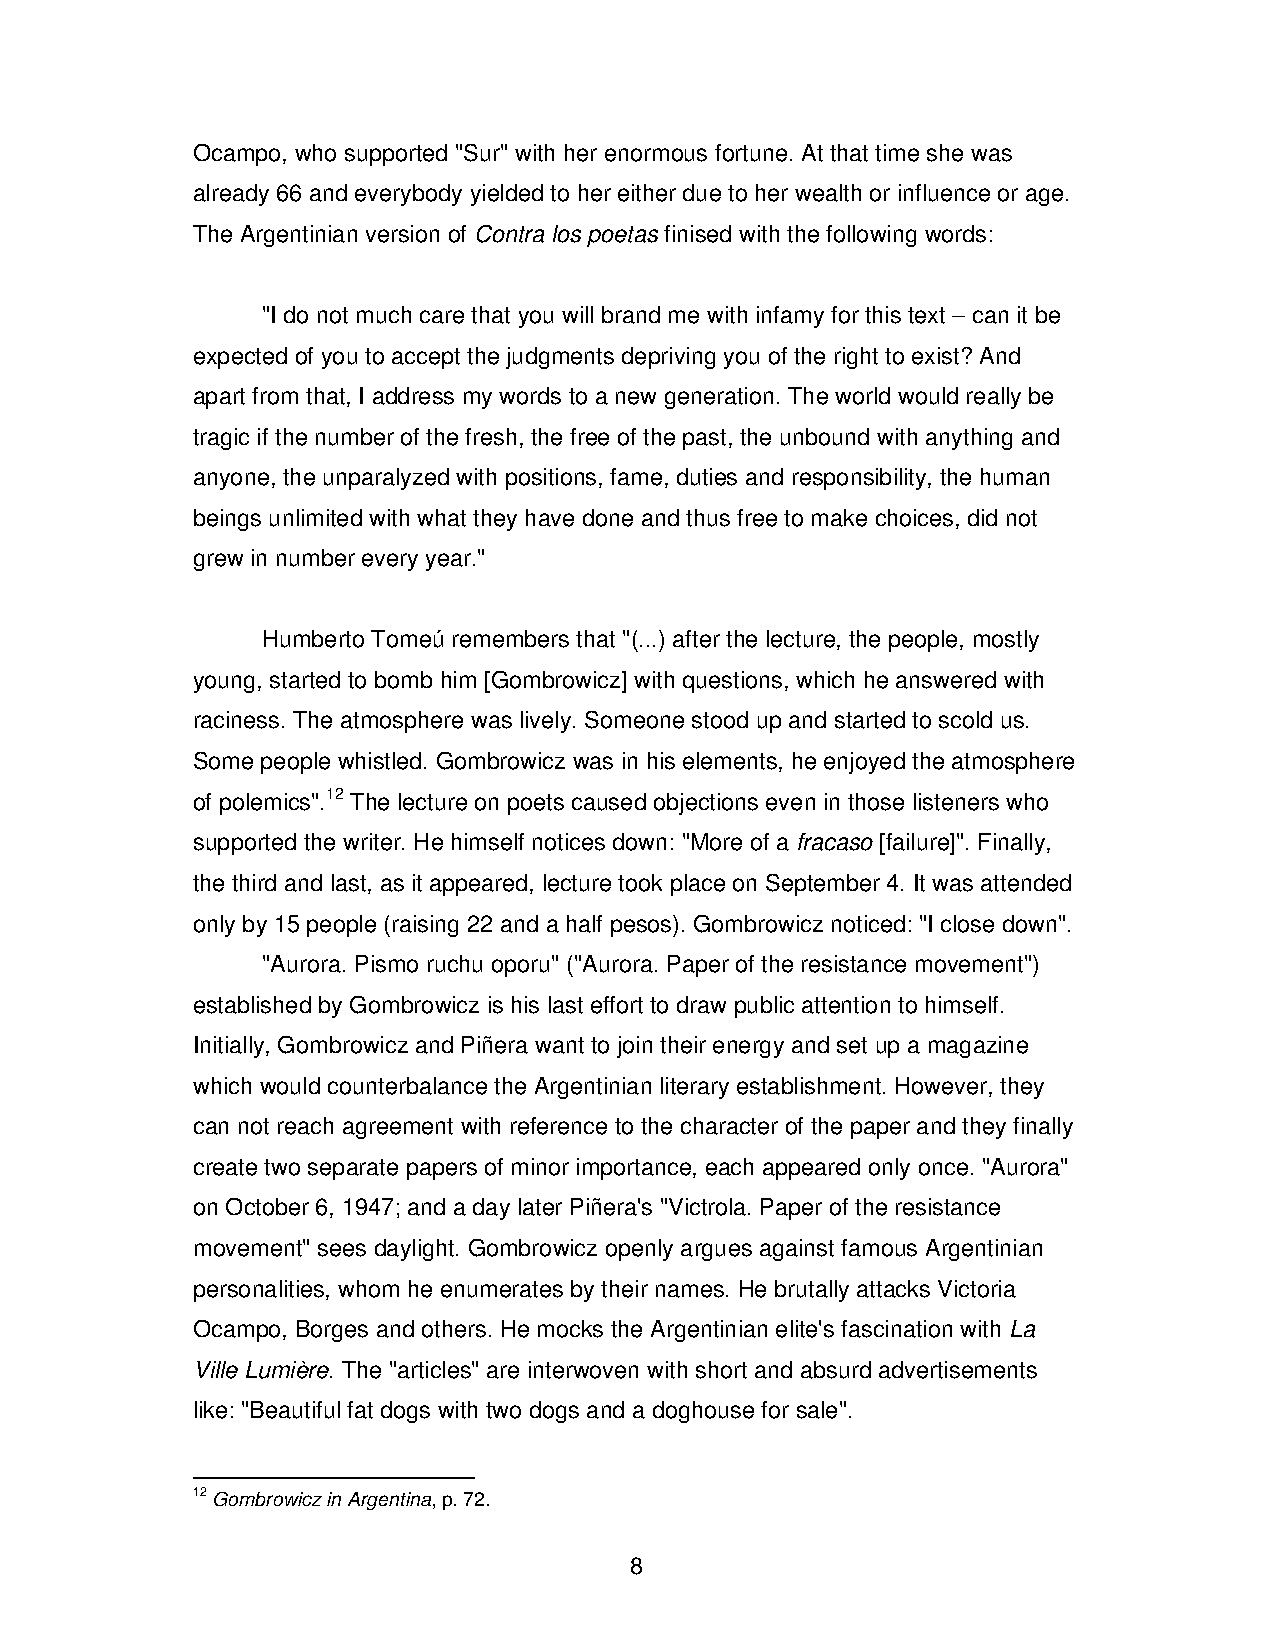
Ocampo, who supported "Sur" with her enormous fortune. At that time she was
 already 66 and everybody yielded to her either due to her wealth or influence or age.
 The Argentinian version of Contra los poetas finised with the following words:
 "I do not much care that you will brand me with infamy for this text – can it be
 expected of you to accept the judgments depriving you of the right to exist? And
 apart from that, I address my words to a new generation. The world would really be
 tragic if the number of the fresh, the free of the past, the unbound with anything and
 anyone, the unparalyzed with positions, fame, duties and responsibility, the human
 beings unlimited with what they have done and thus free to make choices, did not
 grew in number every year."
 Humberto Tomeú remembers that "(...) after the lecture, the people, mostly
 young, started to bomb him [Gombrowicz] with questions, which he answered with
 raciness. The atmosphere was lively. Someone stood up and started to scold us.
 Some people whistled. Gombrowicz was in his elements, he enjoyed the atmosphere
 of polemics".12 The lecture on poets caused objections even in those listeners who
 supported the writer. He himself notices down: "More of a fracaso [failure]". Finally,
 the third and last, as it appeared, lecture took place on September 4. It was attended
 only by 15 people (raising 22 and a half pesos). Gombrowicz noticed: "I close down".
 "Aurora. Pismo ruchu oporu" ("Aurora. Paper of the resistance movement")
 established by Gombrowicz is his last effort to draw public attention to himself.
 Initially, Gombrowicz and Piñera want to join their energy and set up a magazine
 which would counterbalance the Argentinian literary establishment. However, they
 can not reach agreement with reference to the character of the paper and they finally
 create two separate papers of minor importance, each appeared only once. "Aurora"
 on October 6, 1947; and a day later Piñera's "Victrola. Paper of the resistance
 movement" sees daylight. Gombrowicz openly argues against famous Argentinian
 personalities, whom he enumerates by their names. He brutally attacks Victoria
 Ocampo, Borges and others. He mocks the Argentinian elite's fascination with La
 Ville Lumière. The "articles" are interwoven with short and absurd advertisements
 like: "Beautiful fat dogs with two dogs and a doghouse for sale".
 12 Gombrowicz in Argentina, p. 72.
 8